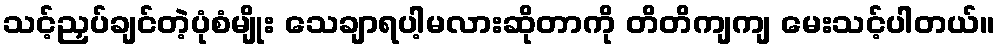
သင့်ညှပ်ချင်တဲ့ပုံစံမျိုး သေချာရပါ့မလားဆိုတာကို တိတိကျကျ မေးသင့်ပါတယ်။